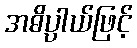
အဓိပ္ပာယ်ဖြင့်